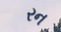
રન